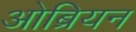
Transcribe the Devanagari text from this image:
ओब्रियन